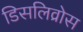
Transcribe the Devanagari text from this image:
डिसलिव्रोस